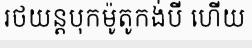
រថយន្តបុកម៉ូតូកង់បី ហើយ